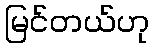
မြင်တယ်ဟု